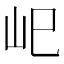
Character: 𡵆